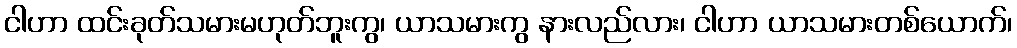
ငါဟာ ထင်းခုတ်သမားမဟုတ်ဘူးကွ၊ ယာသမားကွ နားလည်လား၊ ငါဟာ ယာသမားတစ်ယောက်၊